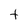
Character: t